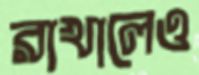
রাখালেও